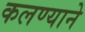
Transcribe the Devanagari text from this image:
कलण्याने